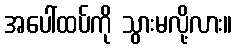
အပေါ်ထပ်ကို သွားမလို့လား။